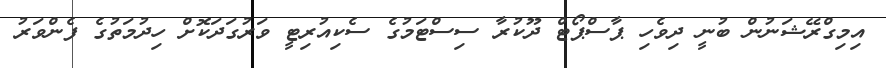
އިމިގްރޭޝަނުން ބުނީ ދިވެހި ޕާސްޕޯޓް ދޫކުރާ ސިސްޓަމުގެ ސެކިއުރިޓީ ވަރުގަދަކޮށް ހިދުމަތުގެ ފެންވަރު